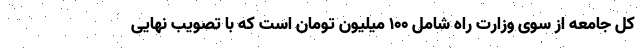
کل جامعه از سوی وزارت راه شامل ۱۰۰ میلیون تومان است که با تصویب نهایی